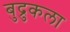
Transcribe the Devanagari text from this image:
बुद्रुकला